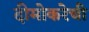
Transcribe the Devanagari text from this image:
दीमोकरेची